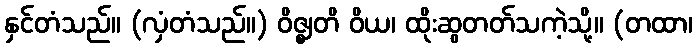
နှင်တံသည်။ (လှံတံသည်။) ဝိဇ္ဈတိ ဝိယ၊ ထိုးဆွတတ်သကဲ့သို့။ (တထာ၊